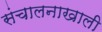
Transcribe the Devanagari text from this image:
संचालनाखाली